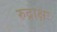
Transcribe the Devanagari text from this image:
रुद्राक्षः